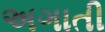
અગાતી